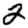
Digit: 2